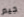
جيم